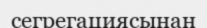
сегрегациясынан